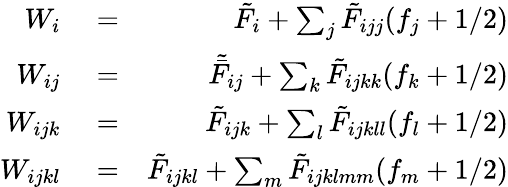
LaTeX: \begin{array}{rlr}{W_{i}}&{{}=}&{\tilde{F}_{i}+\sum_{j}\tilde{F}_{ijj}(f_{j}+1/2)}\\ {W_{ij}}&{{}=}&{\tilde{\bar{F}}_{ij}+\sum_{k}\tilde{F}_{ijkk}(f_{k}+1/2)}\\ {W_{ijk}}&{{}=}&{\tilde{F}_{ijk}+\sum_{l}\tilde{F}_{ijkll}(f_{l}+1/2)}\\ {W_{ijkl}}&{{}=}&{\tilde{F}_{ijkl}+\sum_{m}\tilde{F}_{ijklmm}(f_{m}+1/2)}\end{array}